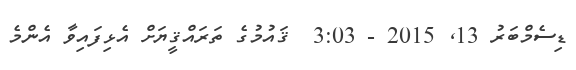
ޑިސެމްބަރު 13